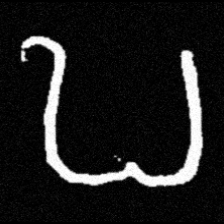
Pyu character \u2014 Myanmar letter: ဎ (romanized: ddha)